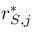
r _ { S , j } ^ { * }